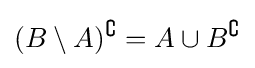
(B\setminus A)^{\complement }=A\cup B^{\complement }